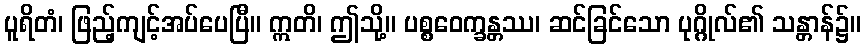
ပူရိတံ၊ ဖြည့်ကျင့်အပ်ပေပြီ။ ဣတိ၊ ဤသို့။ ပစ္စဝေက္ခန္တဿ၊ ဆင်ခြင်သော ပုဂ္ဂိုလ်၏ သန္တာန်၌။